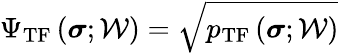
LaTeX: \Psi_{\mathrm{TF}}\left(\boldsymbol{\sigma};\mathcal{W}\right)=\sqrt{p_{\mathrm{TF}}\left(\boldsymbol{\sigma};\mathcal{W}\right)}